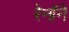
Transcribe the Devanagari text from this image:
रेनॉने